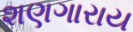
શણગારાય